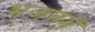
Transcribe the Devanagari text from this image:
भजनमें